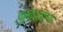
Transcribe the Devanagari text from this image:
कुन्थूनाथ